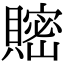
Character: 𧷦